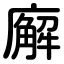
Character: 廨